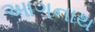
આગનાથ